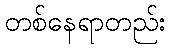
တစ်နေရာတည်း